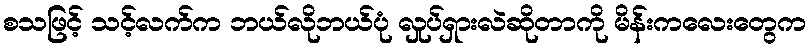
စသဖြင့် သင့်လက်က ဘယ်လိုဘယ်ပုံ လှုပ်ရှားလဲဆိုတာကို မိန်းကလေးတွေက